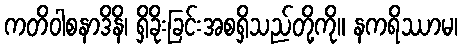
ကတိဝါစနာဒိနိ၊ ရှိခိုးခြင်းအစရှိသည်တို့ကို။ နကရိဿာမ၊